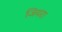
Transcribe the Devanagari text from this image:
जियरा